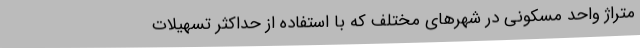
متراژ واحد مسکونی در شهرهای مختلف که با استفاده از حداکثر تسهیلات